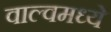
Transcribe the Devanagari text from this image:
वाल्वमध्ये